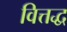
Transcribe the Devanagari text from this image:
वित्तद्ध